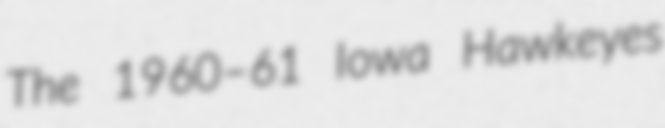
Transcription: The 1960–61 Iowa Hawkeyes